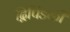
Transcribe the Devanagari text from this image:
द्विपिंडकी